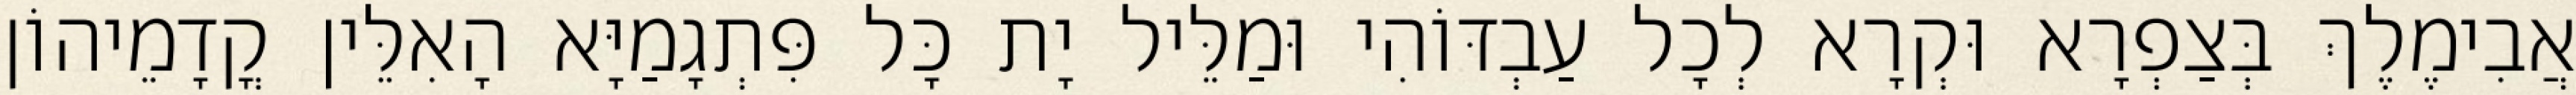
אֲבִימֶלֶךְ בְּצַפְרָא וּקְרָא לְכָל עַבְדּוֹהִי וּמַלֵּיל יָת כָּל פִּתְגָמַיָּא הָאִלֵּין קֳדָמֵיהוֹן